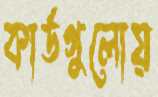
কার্ডগুলোয়